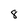
Character: 8